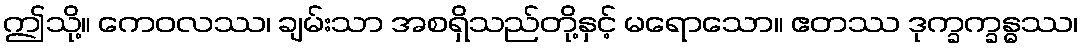
ဤသို့။ ကေဝလဿ၊ ချမ်းသာ အစရှိသည်တို့နှင့် မရောသော။ ဧတဿ ဒုက္ခက္ခန္ဓဿ၊